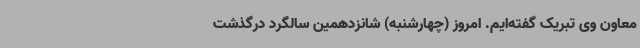
معاون وی تبریک گفته‌ایم. امروز (چهارشنبه) شانزدهمین سالگرد درگذشت